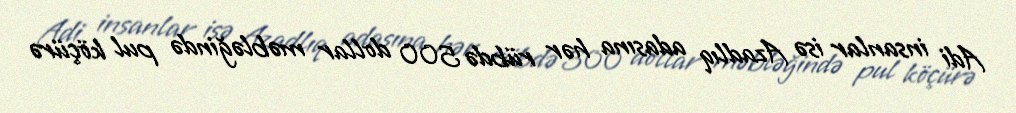
Adi insanlar isə Azadlıq adasına hər rübdə 500 dollar məbləğində pul köçürə